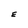
Character: E